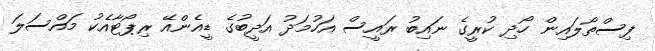
ފިސްތޯލައިން ހޯދި ކުރީގެ ނައިބު ރައީސް އަހުމަދު އަދީބުގެ ޑީއެންއޭ ރިޕޯޓާއެކު މައްސަލަ